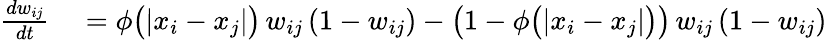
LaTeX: \begin{array}{rl}{\frac{dw_{ij}}{dt}}&{{}=\phi\big(|x_{i}-x_{j}|\big)\, w_{ij}\, (1-w_{ij})-\big(1-\phi\big(|x_{i}-x_{j}|\big)\big)\, w_{ij}\, (1-w_{ij})}\end{array}